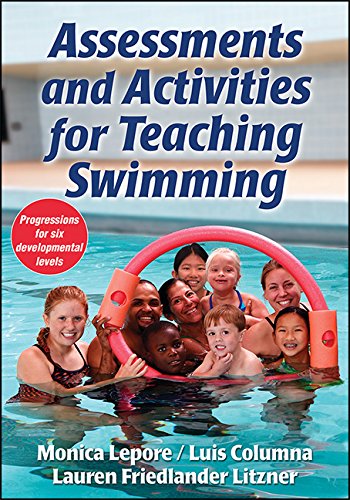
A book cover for Assessments and Activities for Teaching Swimming; Monica Lepore; Health, Fitness & Dieting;